Insane asylums Bombay 1873-77 - 1873-1877
Year: 1873
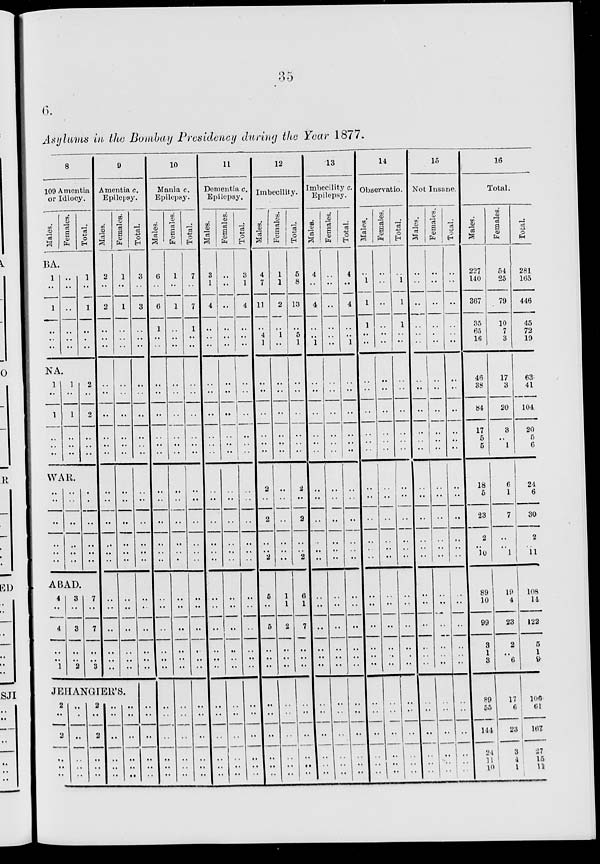
35
6.
Asylums in the Bombay Presidency during the Year 1877.
8
109 Amentia
or Idiocy.
Males.
Females.
Total.
BA.
1
..
l
..
..
..
..
..
..
..
..
..
..
..
1
..
1
..
..
..
..
NA.
1
..
1
..
..
..
1
..
1
..
..
..
2
..
2
..
..
..
WAR.
..
..
..
..
..
..
..
..
..
..
..
..
..
..
..
..
..
..
ABAD.
4
..
4
..
..
1
3
..
3
..
..
2
7
..
7
..
..
3
JEHANGIER'S.
2
..
2
..
..
..
..
..
..
..
..
..
2
..
2
..
..
..
9
Amentia c.
Epilepsy.
Males.
2
..
2
..
..
..
..
..
..
..
..
..
..
..
..
..
..
..
..
..
..
..
..
..
..
..
..
..
..
..
Females.
1
..
1
..
..
..
..
..
..
..
..
..
..
..
..
..
..
..
..
..
..
..
..
..
..
..
..
..
..
..
Total.
3
..
3
..
..
..
..
..
..
..
..
..
..
..
..
..
..
..
..
..
..
..
..
..
..
..
..
..
..
..
10
Mania c.
Epilepsy.
Males.
6
..
6
1
..
..
..
..
..
..
..
..
..
..
..
..
..
..
..
..
..
..
..
..
..
..
..
..
..
..
Females.
1
..
1
..
..
..
..
..
..
..
..
..
..
..
..
..
..
..
..
..
..
..
..
..
..
..
..
..
..
..
Total.
7
..
7
1
..
..
..
..
..
..
..
..
..
..
..
..
..
..
..
..
..
..
..
..
..
..
..
..
..
..
11
Dementia c.
Epilepsy.
Males.
3
1
4
..
..
..
..
..
..
..
..
..
..
..
..
..
..
..
..
..
..
..
..
..
..
..
..
..
..
..
Females.
..
..
..
..
..
..
..
..
..
..
..
..
..
..
..
..
..
..
..
..
..
..
..
..
..
..
..
..
..
..
Total.
3
1
4
..
..
..
..
..
..
..
..
..
..
..
..
..
..
..
..
..
..
..
..
..
..
..
..
..
..
..
12
Imbecility.
Males.
4
7
11
..
4
1
..
..
..
..
..
..
2
..
2
..
..
2
5
..
5
..
..
..
..
..
..
..
..
..
Females.
1
1
2
..
1
..
..
..
..
..
..
..
..
..
..
..
..
..
1
1
2
..
..
..
..
..
..
..
..
..
Total.
5
8
13
..
5
1
..
..
..
..
..
..
2
..
2
..
..
2
6
1
7
..
..
..
..
..
..
..
..
..
13
Imbecility c.
Epilepsy.
Males.
4
..
4
..
..
1
..
..
..
..
..
..
..
..
..
..
..
..
..
..
..
..
..
..
..
..
..
..
..
..
Females.
..
..
..
..
..
..
..
..
..
..
..
..
..
..
..
..
..
..
..
..
..
..
..
..
..
..
..
..
..
..
Total.
4
..
4
..
..
1
..
..
..
..
..
..
..
..
..
..
..
..
..
..
..
..
..
..
..
..
..
..
..
..
14
Observatio.
Males.
..
1
1
1
..
..
..
..
..
..
..
..
..
..
..
..
..
..
..
..
..
..
..
..
..
..
..
..
..
..
Females.
..
..
..
..
..
..
..
..
..
..
..
..
..
..
..
..
..
..
..
..
..
..
..
..
..
..
..
..
..
..
Total.
..
1
1
1
..
..
..
..
..
..
..
..
..
..
..
..
..
..
..
..
..
..
..
..
..
..
..
..
..
..
15
Not Insane.
Males.
..
..
..
..
..
..
..
..
..
..
..
..
..
..
..
..
..
..
..
..
..
..
..
..
..
..
..
..
..
..
Females.
..
..
..
..
..
..
..
..
..
..
..
..
..
..
..
..
..
..
..
..
..
..
..
..
..
..
..
..
..
..
Total.
..
..
..
..
..
..
..
..
..
..
..
..
..
..
..
..
..
..
..
..
..
..
..
..
..
..
..
..
..
..
16
Total.
Males.
227
140
367
35
65
16
46
38
84
17
5
5
18
5
23
2
..
10
89
10
99
3
1 3
89
55
144
24
11
10
Females.
54
25
79
10
7
3
17
3
20
3
..
1
6
1
7
..
..
1
19
4
23
2
.. 6
17
6
23
3
4
1
Total.
281
165
446
45
72
19
63
41
104
20
5
6
24
6
30
2
..
11
108
14
122
5
1 9
100
61
167
27
15
11